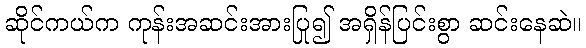
ဆိုင်ကယ်က ကုန်းအဆင်းအားပြု၍ အရှိန်ပြင်းစွာ ဆင်းနေဆဲ။